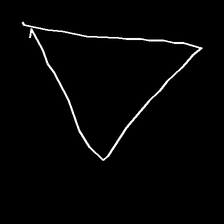
Glyph: convergence